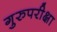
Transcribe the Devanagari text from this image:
गुरुपरीक्षा